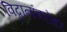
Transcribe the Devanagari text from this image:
विद्वानांबरोबर